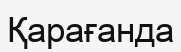
Қарағанда